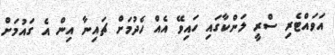
އަވައްޓެރި ސްރީ ލަންކާގައި ހައިވޭ އެއް ހެދުމަށް ޗައިނާ އިން އެ ގައުމަށް